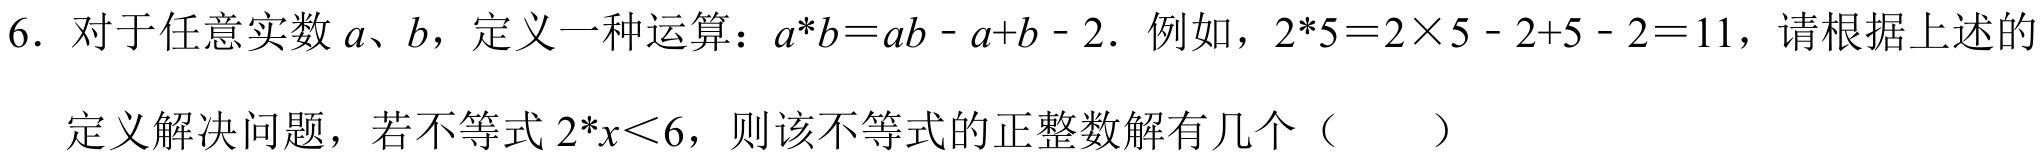
6. 对于任意实数 \(a、b\)，定义一种运算：\(a*b = ab - a + b - 2\). 例如，\(2*5 = 2\times5 - 2 + 5 - 2 = 11\)，请根据上述的定义解决问题，若不等式 \(2*x<6\)，则该不等式的正整数解有几个（  ）